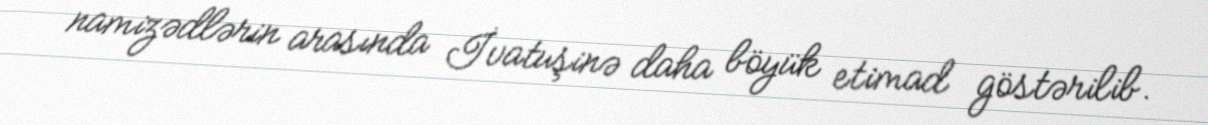
namizədlərin arasında İvatuşinə daha böyük etimad göstərilib.